Annual administration report of the Civil Veterinary Department of India - 1894-1895
Year: 1894
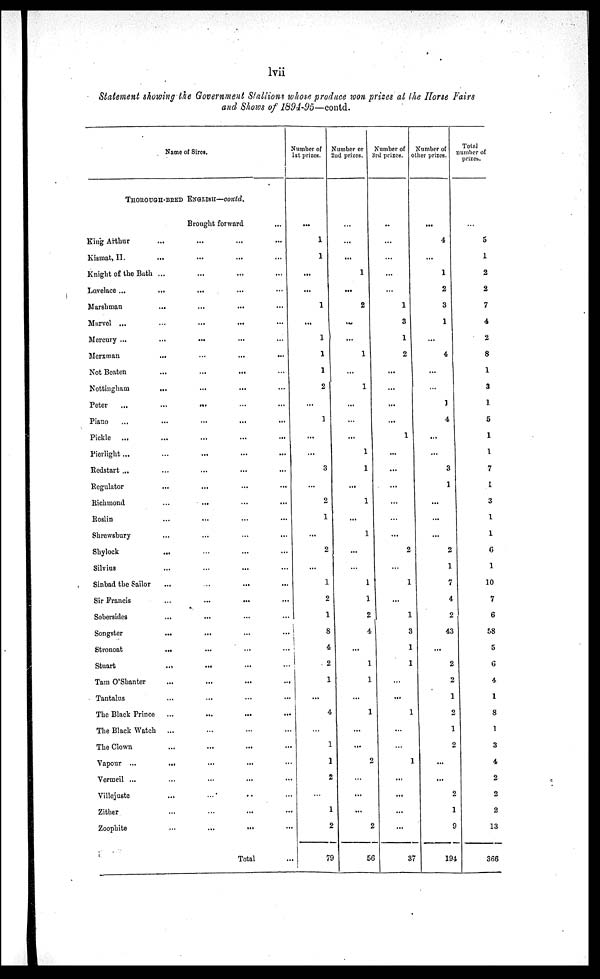
lvii
Statement showing the Government Slallions whose produce won prizes at the Horse Fairs
and Shows of 1894-95—contd.
Name of Sires.
THOROUGH-BRED ENGLISH.—contd.
Brought forward
...
King Arthur
...
...
...
...
Kismat, II ... ... ... ... ...
Knight of the Bath ...
...
...
...
Lovelace ...
...
...
...
...
Marshman
...
...
...
...
Murvel ...
...
...
...
...
Mercury ...
...
...
...
...
Merxman
...
...
...
...
Not Beaten
...
...
...
...
Nottingham
...
...
...
...
Peter
...
…
...
...
Piano
...
...
...
...
Pickle ...
...
...
...
...
Pierlight ...
...
...
...
...
Redstart ...
…
...
... ...
Regulator
...
...
...
...
Richmond
...
...
...
...
Roslin
...
...
...
...
Shrewsbury
...
...
...
...
Shylock
...
…
…
...
Silvius
...
...
...
...
Sinbad the Sailor...
…
......
Sir Francis
...
...
...
...
Sobersides
...
...
...
...
Songster...
...
... ...
Stronoat
...
...
...
...
Stuart
...
.... ...
...
Tam O'Shanter
...
...
...
...
Tantalus
...
...
...
...
The Black Prince
...
...
...
...
The Black Watch ...
...
...
...
The Clown
...
...
...
...
Vapour ...
...
...
...
...
Vermeil ...
...
...
...
...
Villejuste... … …
Zither...
…
...
...
Zoophite
...
...
...
...
Total
...
Number of
1st prizes.
...
1
1
...
...
1
...
1
1
1
2
...
1
...
...
3
...
2
1
...
2
...
1
2
1
8
4
2
1
...
4
...
1
1
2
…
1
2
79
Number or
2nd prizes.
...
...
...
1
...
2
…
...
1
...
1
...
...
...
1
1
...
1
...
1
...
…
1
1
2
4
...
1
1
...
1
...
...
2
...
...
...
2
56
Number of
3rd
prizes.
…
…
...
...
...
1
3
1
2
...
...
...
...
1
...
...
...
...
...
...
2
…
1
...
…
3
1
1
...
...
1
...
…
1
...
...
...
…
37
Number of
ther prizes.
...
4
...
1
2
3
1
...
4
...
…
1
4
...
...
3
1
...
...
...
2
1
7
4
2
43
...
2
2
1
2
1
2
...
...
2
1
9
194
Total
number of
prizes.
…
5
1
2
2
7
4
2
8
1
3
1
5
1
1
7
1
3
1
1
6
1
10
7
6
58
5
6
4
1
8
1
3
4
2
2
2
13
366